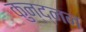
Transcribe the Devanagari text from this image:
कुन्द्नन